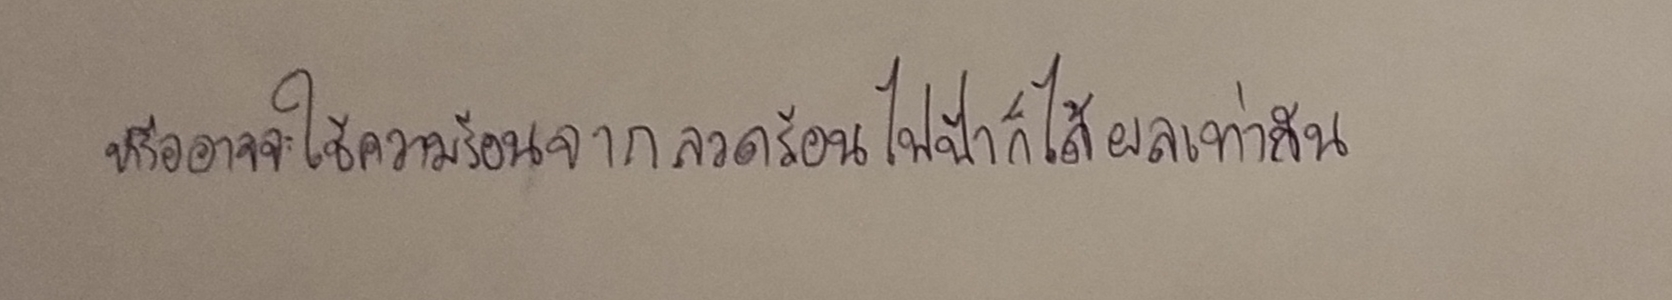
หรืออาจจะใช้ความร้อนจากลวดร้อนไฟฟ้าก็ได้ผลเท่ากัน